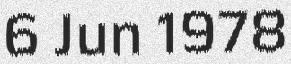
6 Jun 1978